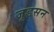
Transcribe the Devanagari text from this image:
जूडसन